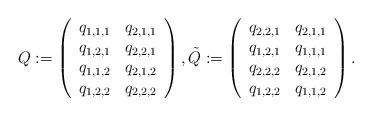
LaTeX: \begin{align*}Q := \left(\begin{array}{cc} q_{1,1,1} & q_{2,1,1} \\q_{1,2,1} & q_{2,2,1} \\q_{1,1,2} & q_{2,1,2}\\q_{1,2,2} & q_{2,2,2} \end{array} \right), \tilde Q := \left(\begin{array}{cc} q_{2,2,1} & q_{2,1,1}\\q_{1,2,1} & q_{1,1,1}\\q_{2,2,2} & q_{2,1,2}\\q_{1,2,2} & q_{1,1,2}\end{array} \right).\end{align*}